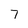
Character: 7